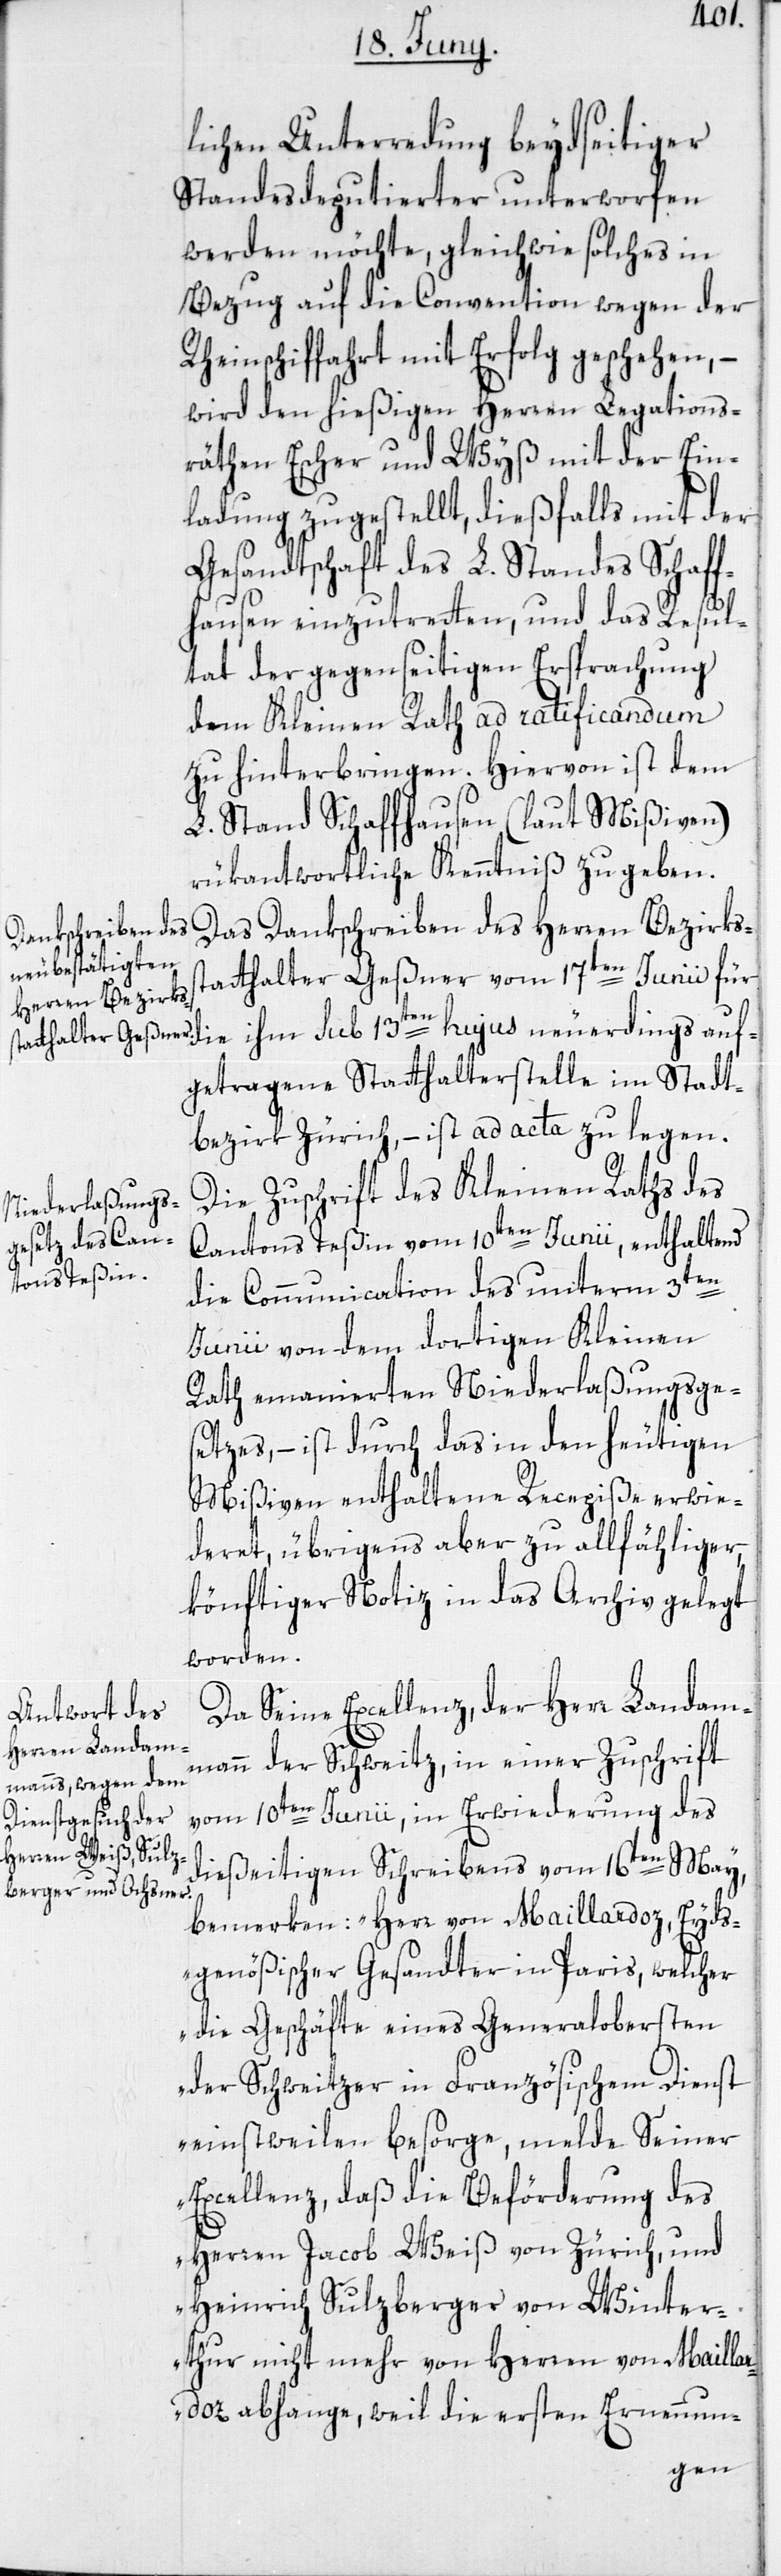
auf¬
lichen Unterredung beydseitiger
Standesdeputierter unterworfen
werden möchte, gleichwie solches in
Bezug auf die Convention wegen der
Rheinschiffahrt mit Erfolg geschehen, –
wird den hießigen Herren Legations¬
räthen Escher und Wyß mit der Ein¬
ladung zugestellt, dießfalls mit der
Gesandtschaft des L. Standes Schaff¬
hausen einzutretten, und das Resul¬
tat der gegenseitigen Ersprachung
dem Kleinen Rath ad ratificandum
zu hinterbringen. Hiervon ist dem
L. Stand Schaffhausen (laut Mißiven)
rükantwortliche Kenntniß zu geben.
Das Dankschreiben des Herren Bezirks¬
statthalter Geßner vom 17ten Junii, für
getragene Statthalterstelle im Stadt¬
bezirk Zürich, – ist ad acta zu legen.
Die Zuschrift des Kleinen Raths des
Cantons Teßin vom 10ten Junii, enthaltend
die Communication des unterm 3ten
Junii von dem dortigen Kleinen
Rath emanierten Niederlaßungsge¬
setzes, – ist durch das in den heutigen
Mißiven enthaltene Recepiße erwie¬
deret, übrigens aber zu allfähliger
könftiger Notiz in das Archiv gelegt
worden.
Da Seine Excellenz, der Herr Landam¬
mann der Schweitz, in einer Zuschrift
vom 10ten Junii, in Erwiederung des
dießeitigen Schreibens vom 16ten May,
bemerken: „Herr von Maillardoz, Eyds¬
genößischer Gesandter in Paris, welcher
die Geschäfte eines Generalobersten
der Schweitzer in Französischem Dienst
einstweilen besorge, melde Seiner
Excellenz, daß die Beförderung des
Herren Jacob Weiß von Zürich, und
Heinrich Sulzberger von Winter¬
thur nicht mehr von Herren von Maillar¬
doz abhange, weil die ersten Ernennun-